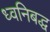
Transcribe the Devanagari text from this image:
ध्वनिबद्ध